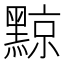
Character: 黥